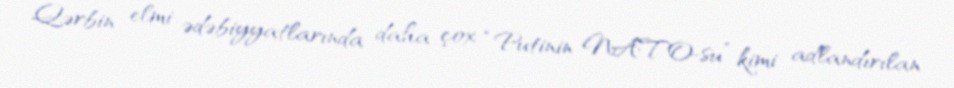
Qərbin elmi ədəbiyyatlarında daha çox “Putinin NATO-su” kimi adlandırılan